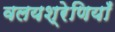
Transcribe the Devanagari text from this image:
वलयश्रेणियाँ